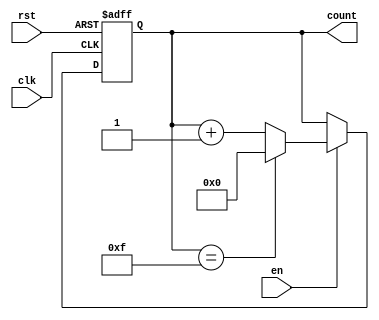
module MemoryBlocksUpCounter #(
    parameter INIT_VAL = 4'b0000,  // Initial value (default is 0)
    parameter MAX_VAL = 4'b1111     // Maximum value (default is 15)
)(
    input wire clk,                 // Clock signal
    input wire rst,                 // Reset signal
    input wire en,                  // Enable signal
    output reg [3:0] count          // Current count value
);

    // Always block for counting behavior
    always @(posedge clk or posedge rst) begin
        if (rst) begin
            // Reset the count to initial value
            count <= INIT_VAL;
        end else if (en) begin
            // Increment the count if enabled
            if (count == MAX_VAL) begin
                count <= INIT_VAL;  // Wrap around to initial value
            end else begin
                count <= count + 1;  // Increment count
            end
        end
    end

endmodule